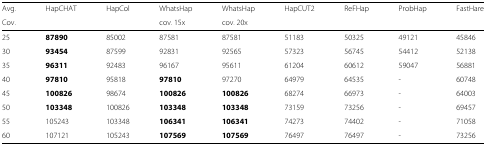
<table><thead><tr><td><b>Avg.</b></td><td><b>HapCHAT</b></td><td><b>HapCol</b></td><td><b>WhatsHap</b></td><td><b>WhatsHap</b></td><td><b>HapCUT2</b></td><td><b>ReFHap</b></td><td><b>ProbHap</b></td><td><b>FastHare</b></td></tr><tr><td><b>Cov.</b></td><td></td><td></td><td><b>cov. 15x</b></td><td><b>cov. 20x</b></td><td></td><td></td><td></td><td></td></tr></thead><tbody><tr><td>25</td><td><b>87890</b></td><td>85002</td><td>87581</td><td>87581</td><td>51183</td><td>50325</td><td>49121</td><td>45846</td></tr><tr><td>30</td><td><b>93454</b></td><td>87599</td><td>92831</td><td>92565</td><td>57323</td><td>56745</td><td>54412</td><td>52138</td></tr><tr><td>35</td><td><b>96311</b></td><td>92483</td><td>96167</td><td>95611</td><td>61204</td><td>60612</td><td>59047</td><td>56881</td></tr><tr><td>40</td><td><b>97810</b></td><td>95818</td><td><b>97810</b></td><td>97270</td><td>64979</td><td>64535</td><td>-</td><td>60748</td></tr><tr><td>45</td><td><b>100826</b></td><td>98674</td><td><b>100826</b></td><td><b>100826</b></td><td>68274</td><td>66973</td><td>-</td><td>64003</td></tr><tr><td>50</td><td><b>103348</b></td><td>100826</td><td><b>103348</b></td><td><b>103348</b></td><td>73159</td><td>73256</td><td>-</td><td>69457</td></tr><tr><td>55</td><td>105243</td><td>103348</td><td><b>106341</b></td><td><b>106341</b></td><td>74273</td><td>74402</td><td>-</td><td>71058</td></tr><tr><td>60</td><td>107121</td><td>105243</td><td><b>107569</b></td><td><b>107569</b></td><td>76497</td><td>76497</td><td>-</td><td>73256</td></tr></tbody></table>